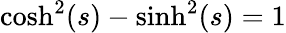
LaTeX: {\mathrm{cosh}}^{2}(s)-{\mathrm{sinh}}^{2}(s)=1